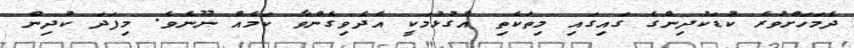
ދެމަހަށްވުރެ ކުޑަކުދިންގެ ގައިގައި މިތަކެތި އުގުޅުމަކީ އެދެވިގެންވާ ކަމެއް ނޫނެވެ. މިފަދަ ކުދިން